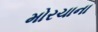
મોરચાના